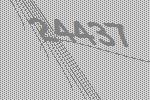
24437